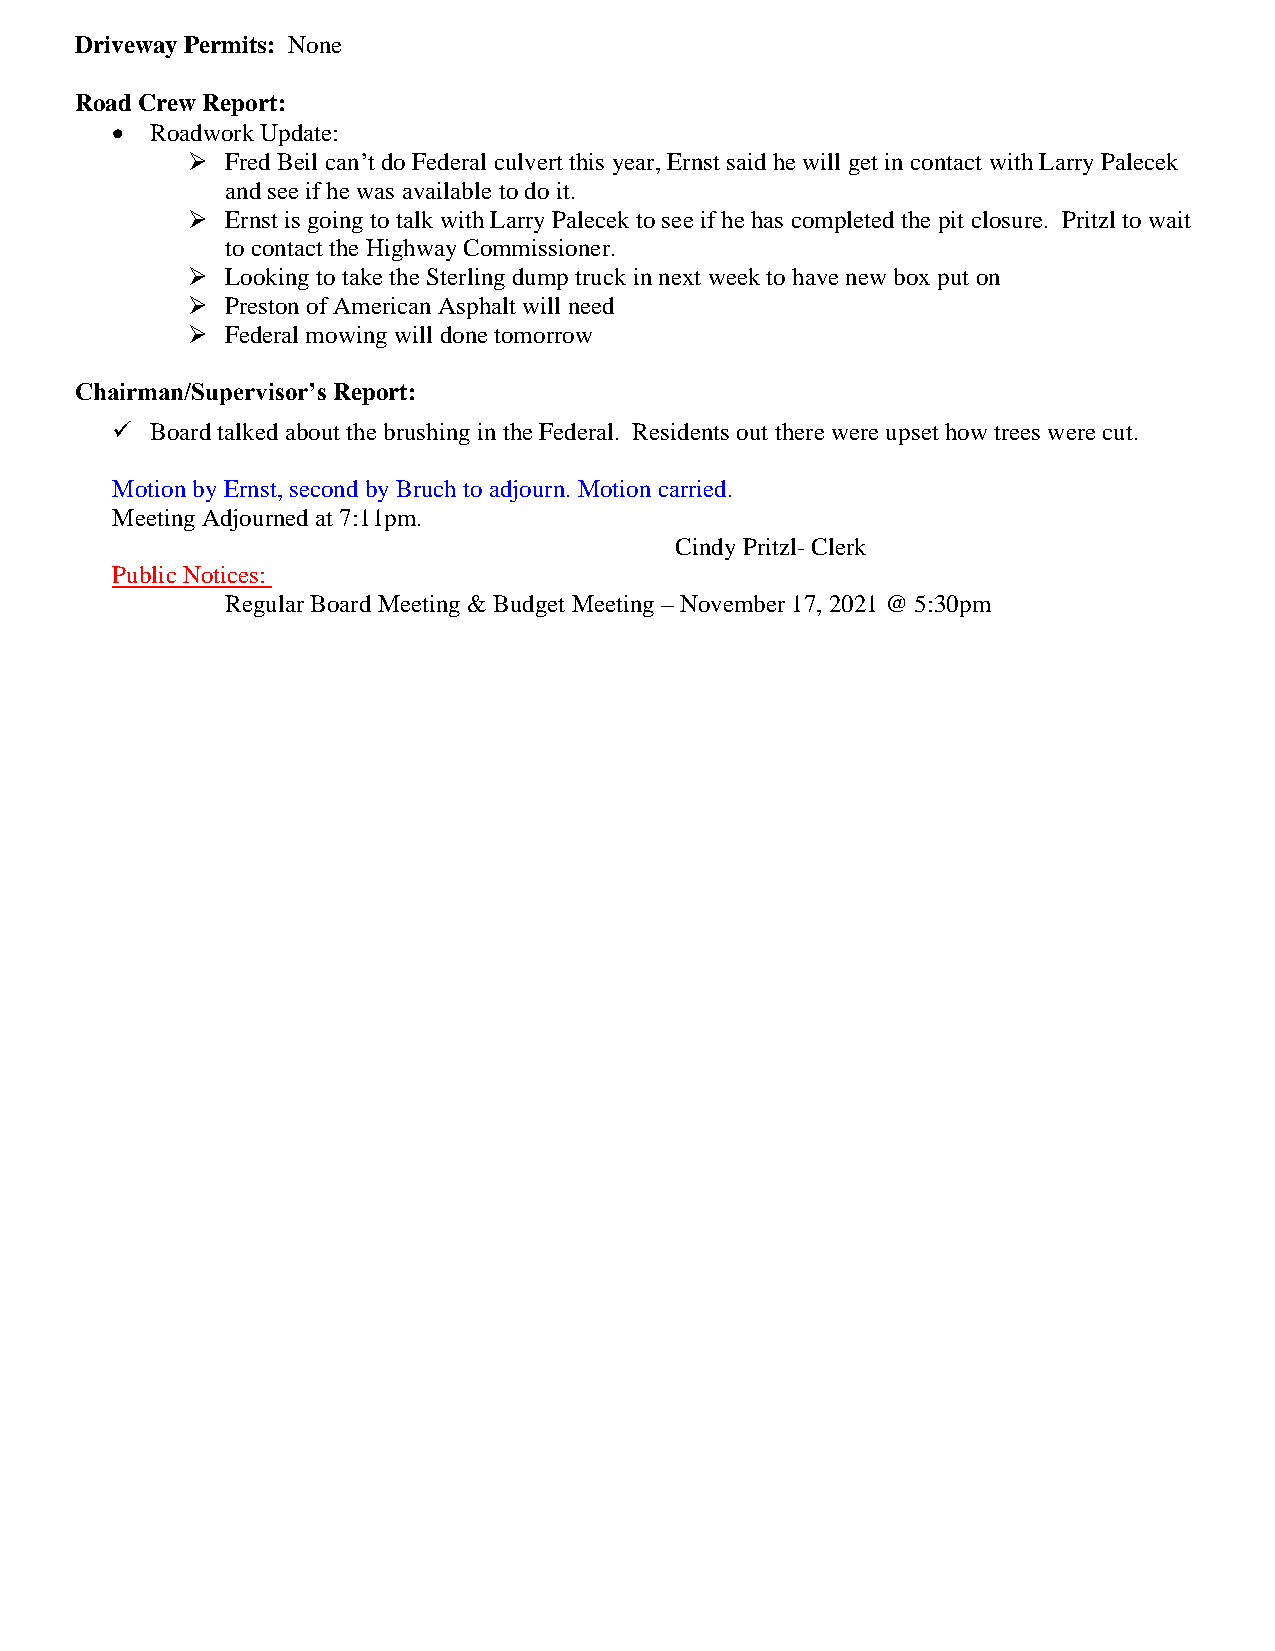
Driveway Permits: None
 Road Crew Report:
 •  Roadwork Update:
 ➢  Fred Beil can’t do Federal culvert this year, Ernst said he will get in contact with Larry Palecek
 and see if he was available to do it.
 ➢  Ernst is going to talk with Larry Palecek to see if he has completed the pit closure. Pritzl to wait
 to contact the Highway Commissioner.
 ➢  Looking to take the Sterling dump truck in next week to have new box put on
 ➢  Preston of American Asphalt will need
 ➢  Federal mowing will done tomorrow
 Chairman/Supervisor’s Report:
 ✓  Board talked about the brushing in the Federal. Residents out there were upset how trees were cut.
 Motion by Ernst, second by Bruch to adjourn. Motion carried.
 Meeting Adjourned at 7:11pm.
 Cindy Pritzl- Clerk
 Public Notices:
 Regular Board Meeting & Budget Meeting – November 17, 2021 @ 5:30pm